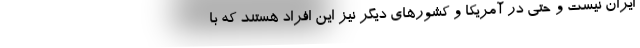
ایران نیست و حتی در آمریکا و کشورهای دیگر نیز این افراد هستند که با